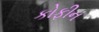
કોફીન